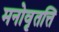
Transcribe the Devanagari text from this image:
मनोवृतत्ति